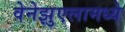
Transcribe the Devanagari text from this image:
वेनेझुएलामध्ये